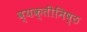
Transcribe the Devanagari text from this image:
व्यक्तीनिष्ठ